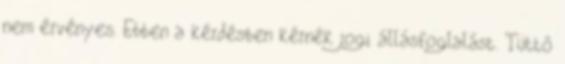
nem érvényes. Ebben a kérdésben kérnék jogi állásfoglalást. Tüttő